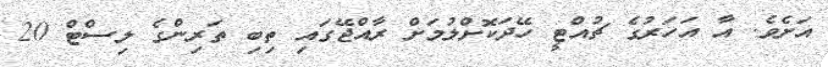
އަށެވެ. އާ އަހަރުގެ ޗުއްޓީ ހޭދަކޮށްލުމަށް ރާއްޖޭގައި ތިބި ތަރިންގެ ލިސްޓް 20